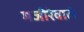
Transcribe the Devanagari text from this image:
मजीरेवाले